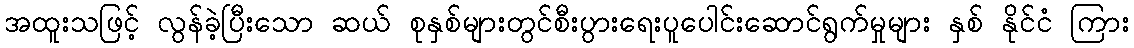
အထူးသဖြင့် လွန်ခဲ့ပြီးသော ဆယ် စုနှစ်များတွင်စီးပွားရေးပူပေါင်းဆောင်ရွက်မှုများ နှစ် နိုင်ငံ ကြား